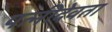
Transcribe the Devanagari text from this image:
पत्नीदेवता